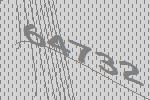
64732